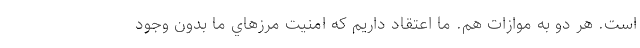
است. هر دو به موازات هم. ما اعتقاد داريم كه امنيت مرزهاي ما بدون وجود